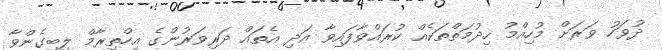
ދުވަހު ވަރަށް މުހިއްމު ހިދުމަތްތަކެއް ކުރައްވާފައިވާ އަދި އެތައް ދަރިވަރުންގެ އިހްތިރާމް ލިބިގެންވާ